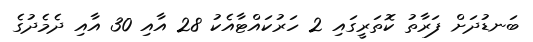
ބަނޑުދަށް ފަރާތު ކޮތަރީގައި 2 ހަރުކައްޓާއެކު 28 އާއި 30 އާއި ދެމެދުގެ